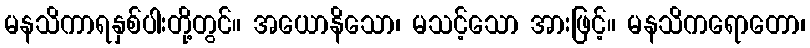
မနသိကာရနှစ်ပါးတို့တွင်။ အယောနိသော၊ မသင့်သော အားဖြင့်။ မနသိကရောတော၊